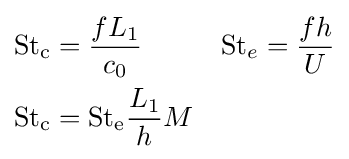
{\begin{aligned}{\text{St}}_{\text{c}}&={\frac {fL_{1}}{c_{0}}}&&{\text{St}}_{e}={\frac {fh}{U}}\\{\text{St}}_{\text{c}}&={\text{St}}_{\text{e}}{\frac {L_{1}}{h}}M\end{aligned}}